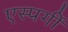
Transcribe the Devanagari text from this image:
एस्पर्गी